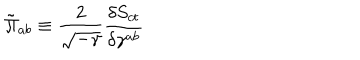
\tilde { \Pi } _ { a b } \equiv \frac { 2 } { \sqrt { - \gamma } } \frac { \delta S _ { c t } } { \delta \gamma ^ { a b } }